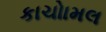
કાચોામલ